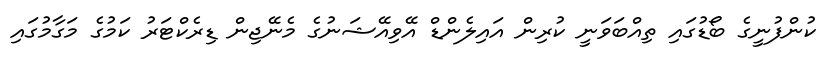
ކުންފުނީގެ ބޯޑުގައި ތިއްބަވަނީ ކުރިން އައިލެންޑް އޭވިއޭޝަނުގެ މެނޭޖިން ޑިރެކްޓަރު ކަމުގެ މަގާމުގައި